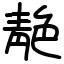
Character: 靘